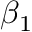
\beta _ { 1 }